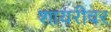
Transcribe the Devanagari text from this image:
शायरीवर